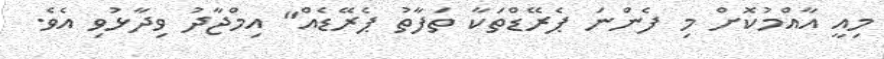
މިއީ އާއްމުކޮށް މި ފެންނަ ޕެރޭޑްތަކާ ތަފާތު ޕެރޭޑެއް" އިމްޖާދު ވިދާޅުވި އެވެ.